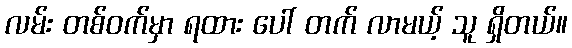
လမ်း တစ်ဝက်မှာ ရထား ပေါ် တက် လာမယ့် သူ ရှိတယ်။